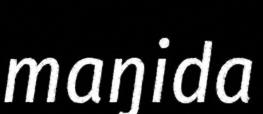
maŋida